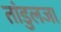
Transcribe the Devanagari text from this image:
तांडुलजा